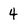
Character: 4